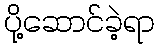
ပို့ဆောင်ခဲ့ရာ